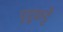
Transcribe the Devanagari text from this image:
पुदुकट्टै